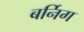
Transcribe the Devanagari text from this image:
बर्निग